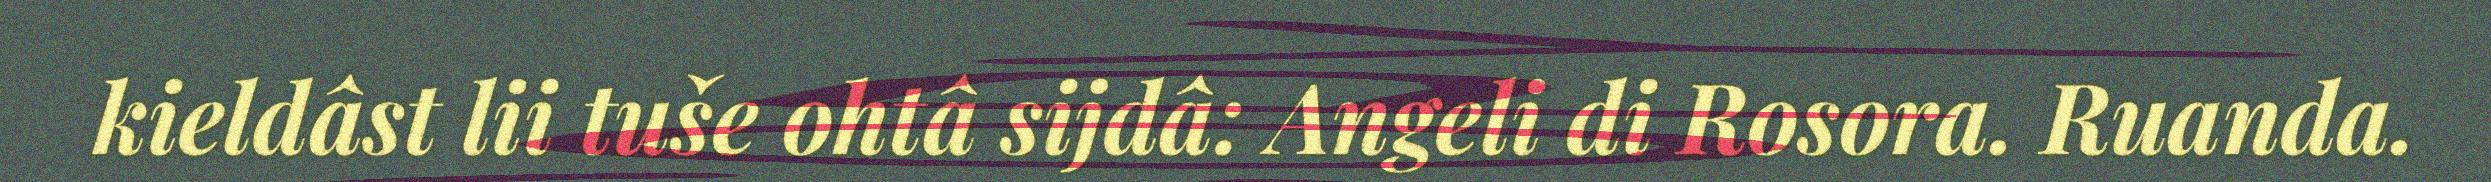
kieldâst lii tuše ohtâ sijdâ: Angeli di Rosora. Ruanda.